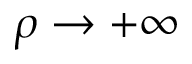
\rho \to + \infty